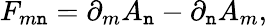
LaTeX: F_{m\mathtt{n}}=\partial_{m}A_{\mathtt{n}}-\partial_{\mathtt{n}}A_{m},